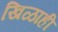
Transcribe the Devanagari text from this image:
खिळाही